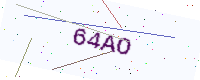
Text: 64AO